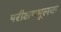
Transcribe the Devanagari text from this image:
परीक्षणमूलक